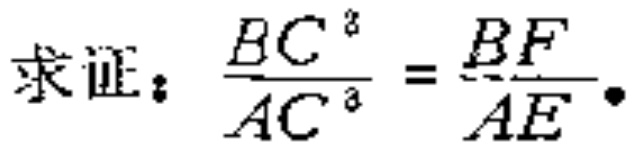
求证：\(\frac{BC^{2}}{AC^{2}}=\frac{BF}{AE}\)